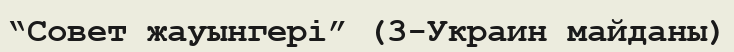
“Совет жауынгері” (3-Украин майданы)